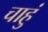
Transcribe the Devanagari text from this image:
चाहुं